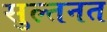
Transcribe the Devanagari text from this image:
सुल्तनत